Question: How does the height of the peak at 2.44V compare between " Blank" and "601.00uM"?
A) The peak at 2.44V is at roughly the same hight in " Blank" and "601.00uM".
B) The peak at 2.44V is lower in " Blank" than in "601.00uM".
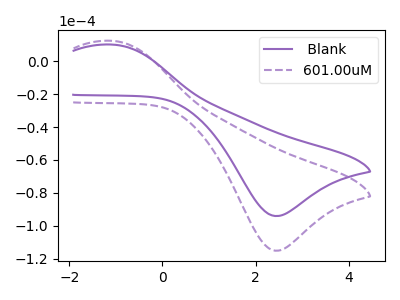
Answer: <think>The purple curve " Blank" has an anodic peak at (-1.05V, 10.10uA) and a cathodic peak at (2.45V, -94.05uA). The purple dashed curve "601.00uM" has an anodic peak at (-1.05V, 12.35uA) and a cathodic peak at (2.45V, -115.15uA).</think>
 <answer>B) The peak at 2.44V is lower in " Blank" than in "601.00uM".</answer>
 <eval>B</eval>